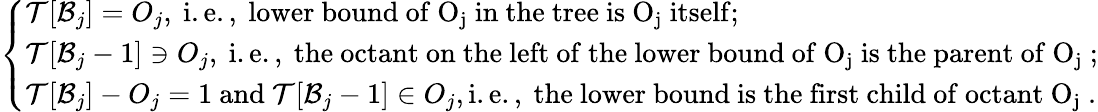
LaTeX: \left\{ \begin{array}{ll}{\mathcal{T}[\mathcal{B}_{j}]=O_{j},\mathrm{~i.e.,~lower~bound~of~O_j~in~the~tree~is~O_j~itself};}\\ {\mathcal{T}[\mathcal{B}_{j}-1]\ni O_{j},\mathrm{~i.e.,~the~octant~on~the~left~of~the~lower~bound~of~O_j~is~the~parent~of~O_j~};}\\ {\mathcal{T}[\mathcal{B}_{j}]-O_{j}=1\ \mathrm{and}\ \mathcal{T}[\mathcal{B}_{j}-1]\in O_{j},\mathrm{i.e.,~the~lower~bound~is~the~first~child~of~octant~O_j~}.}\end{array}\right.